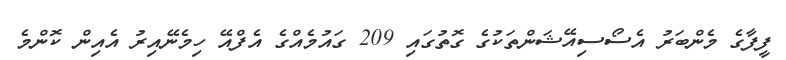
ފީފާގެ މެންބަރު އެސޯސިއޭޝަންތަކުގެ ގޮތުގައި 209 ގައުމެއްގެ އެފްއޭ ހިމެނޭއިރު އެއިން ކޮންމެ